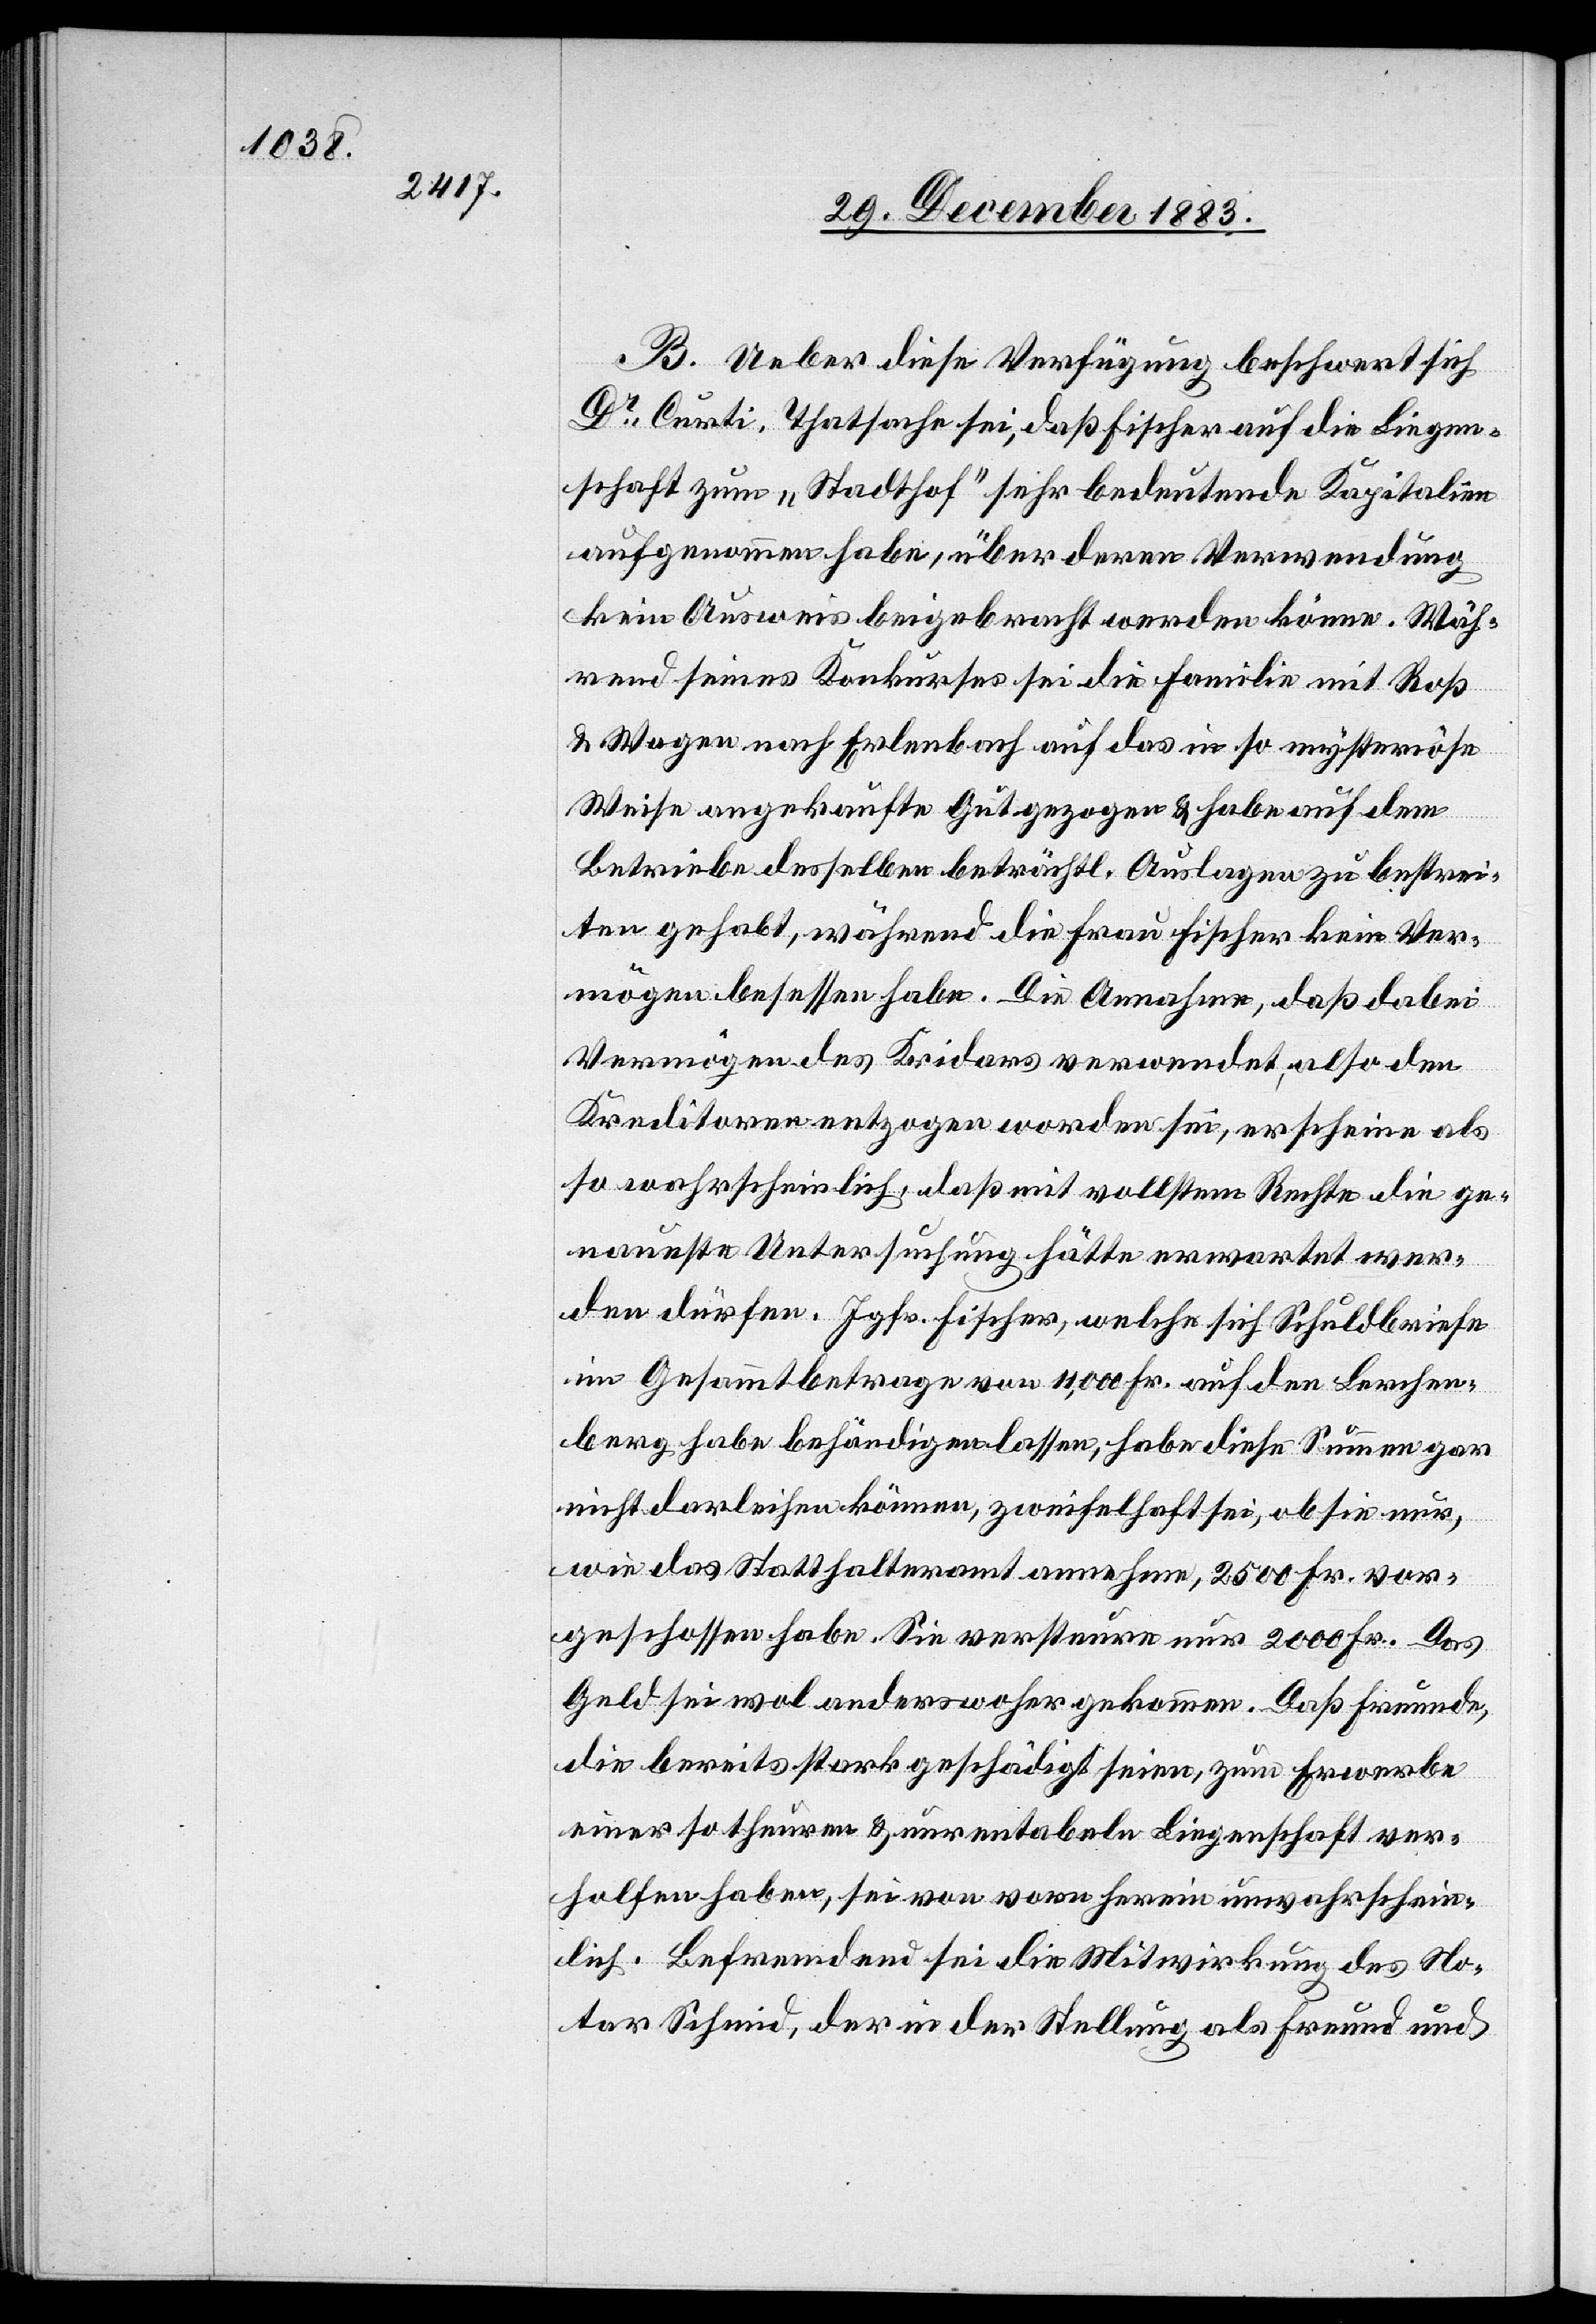
B. Ueber diese Verfügung beschwert sich
Dr Curti, Thatsache sei, daß Fischer auf die Liegen¬
schaft zum „Stadthof“ sehr bedeutende Kapitalien
aufgenommen habe, über deren Verwendung
kein Ausweis beigebracht werden könne. Wäh¬
rend seines Konkurses sei die Familie mit Roß
& Wagen nach Erlenbach auf das in so mysteriöse
Weise angekaufte Gut gezogen & habe auf dem
Betriebe desselben beträchtl. Auslagen zu bestrei¬
ten gehabt, während die Frau Fischer kein Ver¬
mögen belassen habe. Die Annahme, daß dabei
Vermögen des Kridars verwendet, also den
Kreditoren entzogen worden sei, erscheine als
so wahrscheinlich, daß mit vollstem Rechte die ge¬
naueste Untersuchung hätte erwartet wer¬
den dürfen. Jgfr. Fischer, welche sich Schuldbriefe
im Gesammtbetrage von 11,000 Fr. auf den Lerchen¬
berg habe behändigen lassen, habe diese Summen gar
nicht darleihen können, zweifelhaft sei, ob sie nur,
wie das Statthalteramt annehme, 2500 Fr. vor¬
geschossen habe. Sie versteure nur 2000 Fr. Das
Geld sei wol anderswoher gekommen. Daß Freunde,
die bereits stark geschädigt seien, zum Erwerbe
einer so theuren & unrentablen Liegenschaft ver¬
holfen haben, sei von vorn herein unwahrschein¬
lich. Befremdend sei die Mitwirkung des No¬
tar Schmid, der in der Stellung als Freund und